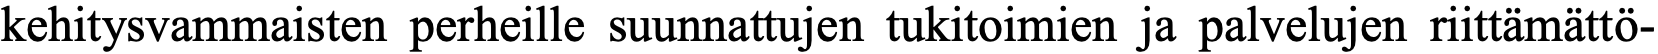
kehitysvammaisten perheille suunnattujen tukitoimien ja palvelujen riittämättö-